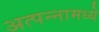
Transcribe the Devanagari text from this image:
अत्‍पन्‍नामध्‍ये